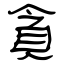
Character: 貪